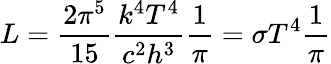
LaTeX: L={\frac{2\pi^{5}}{15}}{\frac{k^{4}T^{4}}{c^{2}h^{3}}}{\frac{1}{\pi}}=\sigma T^{4}{\frac{1}{\pi}}